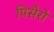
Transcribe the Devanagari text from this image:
पिसैरो